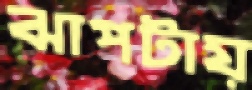
ঝাপটায়